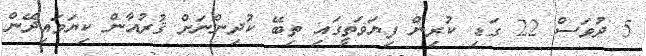
5 ދުވަސް 22 ގަޑި ކުރިން ފިޔަވަތީގައި ތިބޭ ކުދިންނަށް ޤުރުއާން ކިޔަވައިދޭން